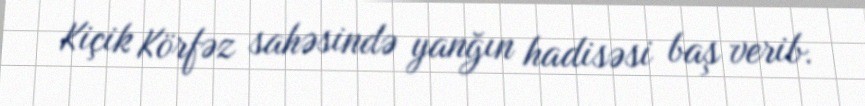
Kiçik Körfəz sahəsində yanğın hadisəsi baş verib.